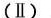
(Ⅱ)